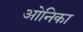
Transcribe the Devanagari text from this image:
ओनिका